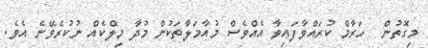
މިގޮތުން  ހަރާމް ކުރައްވާފައިވާ އެއްވެސް މުއާމަލާތަކުން މުދާ މިލްކެއް ނުކުރެވޭނެ އެވެ.